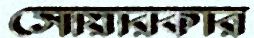
সোয়ারকার